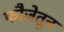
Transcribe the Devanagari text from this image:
फौजेतून